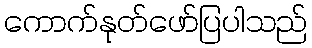
ကောက်နုတ်ဖော်ပြပါသည်